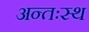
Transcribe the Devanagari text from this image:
अन्तःस्थ